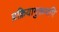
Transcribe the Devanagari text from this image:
प्रक्रियागुरूमपि